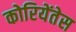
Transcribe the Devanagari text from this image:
कोरियेंतेस